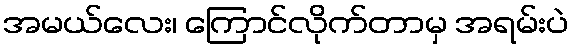
အမယ်လေး၊ ကြောင်လိုက်တာမှ အရမ်းပဲ